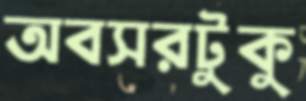
অবসরটুকু